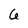
Character: 6